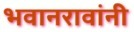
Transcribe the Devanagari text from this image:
भवानरावांनी